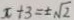
x + 3 = \pm \sqrt { 2 }